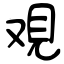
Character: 覌